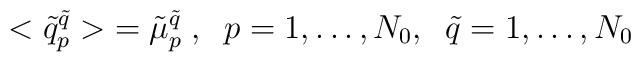
<\tilde{q}^{\tilde{q}}_p> \; =   \tilde{\mu}^{\tilde q}_p\;, \;\;p= 1, \dots, N_0, \;\;      \tilde{q}=1, \dots, N_0